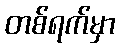
တစ်ရက်မှာ